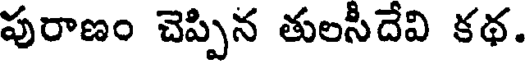
పురాణం చెప్పిన తులసీదేవి కథ.